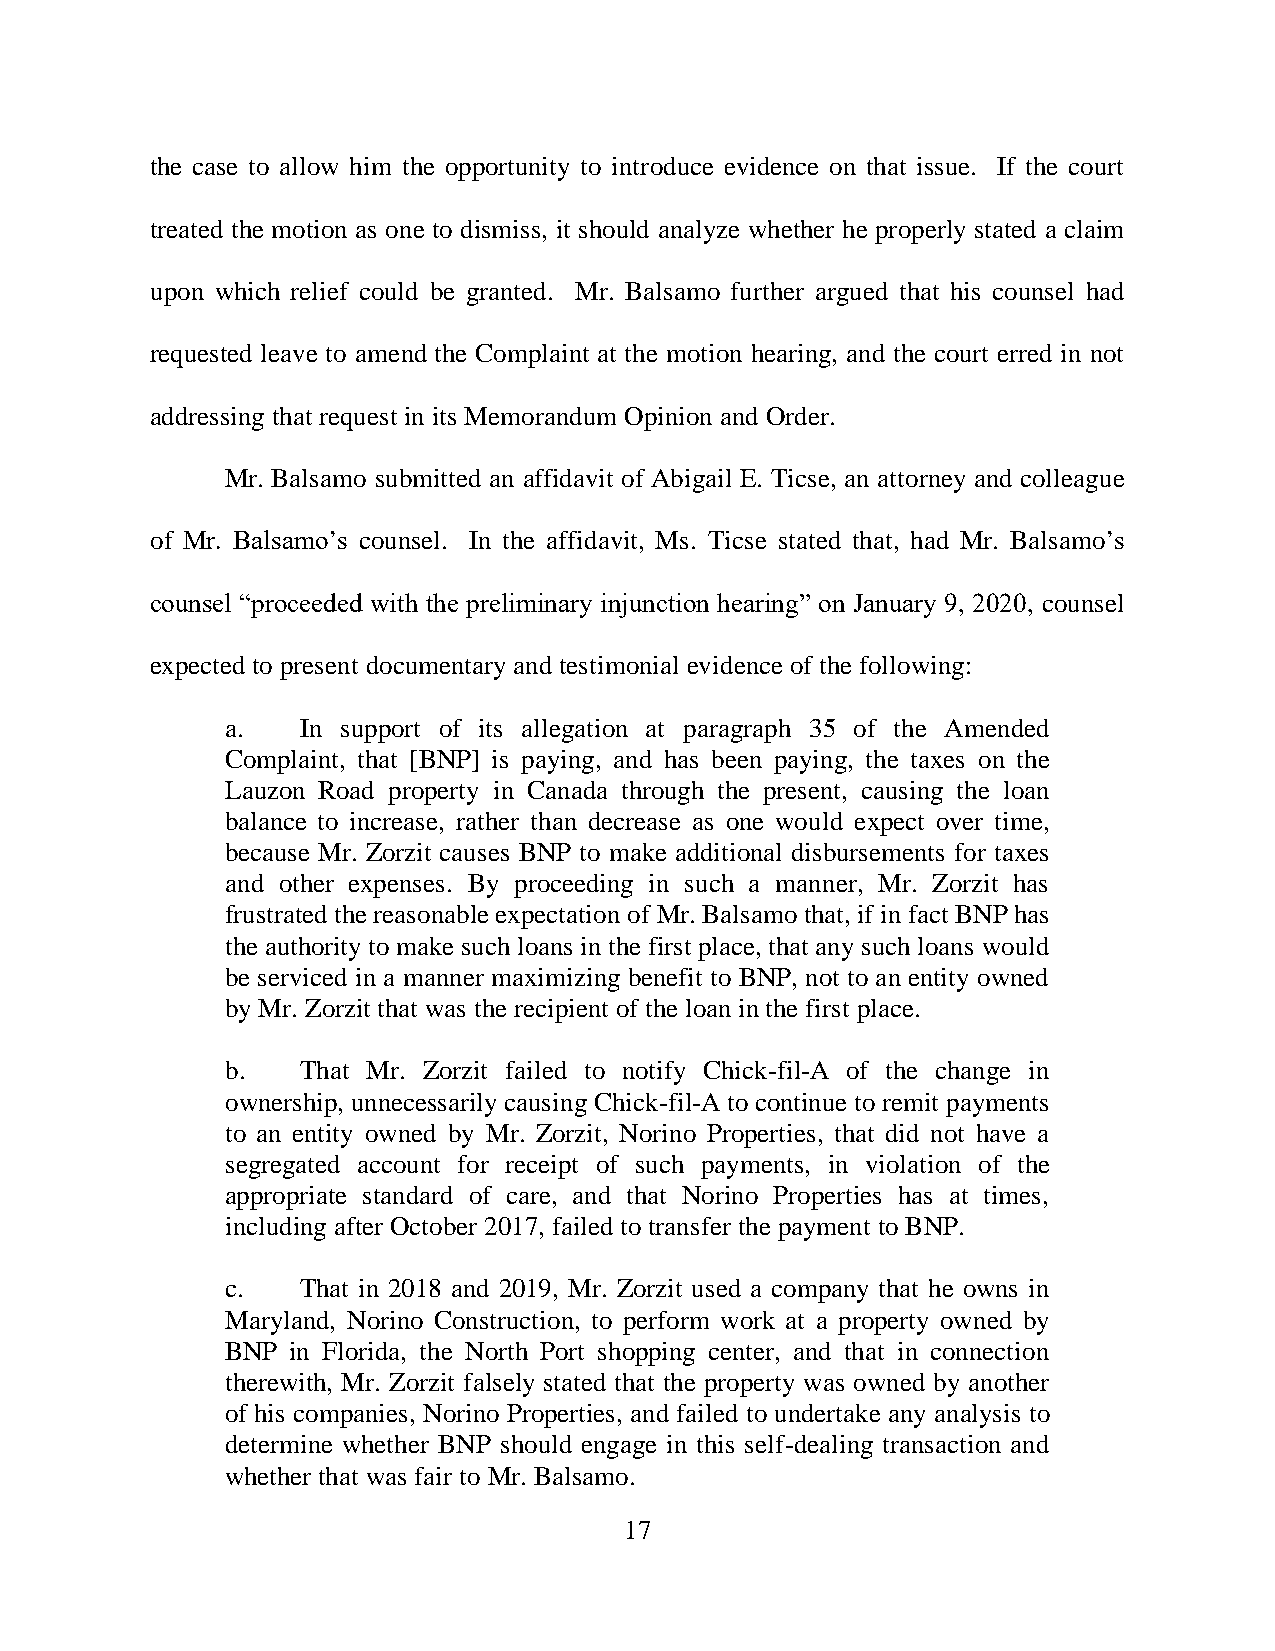
the case to allow him the opportunity to introduce evidence on that issue. If the court
 treated the motion as one to dismiss, it should analyze whether he properly stated a claim
 upon which relief could be granted. Mr. Balsamo further argued that his counsel had
 requested leave to amend the Complaint at the motion hearing, and the court erred in not
 addressing that request in its Memorandum Opinion and Order.
 Mr. Balsamo submitted an affidavit of Abigail E. Ticse, an attorney and colleague
 of Mr. Balsamo’s counsel. In the affidavit, Ms. Ticse stated that, had Mr. Balsamo’s
 counsel “proceeded with the preliminary injunction hearing” on January 9, 2020, counsel
 expected to present documentary and testimonial evidence of the following:
 a.   In support of its allegation at paragraph 35 of the Amended
 Complaint, that [BNP] is paying, and has been paying, the taxes on the
 Lauzon Road property in Canada through the present, causing the loan
 balance to increase, rather than decrease as one would expect over time,
 because Mr. Zorzit causes BNP to make additional disbursements for taxes
 and other expenses. By proceeding in such a manner, Mr. Zorzit has
 frustrated the reasonable expectation of Mr. Balsamo that, if in fact BNP has
 the authority to make such loans in the first place, that any such loans would
 be serviced in a manner maximizing benefit to BNP, not to an entity owned
 by Mr. Zorzit that was the recipient of the loan in the first place.
 b.   That Mr. Zorzit failed to notify Chick-fil-A of the change in
 ownership, unnecessarily causing Chick-fil-A to continue to remit payments
 to an entity owned by Mr. Zorzit, Norino Properties, that did not have a
 segregated account for receipt of such payments, in violation of the
 appropriate standard of care, and that Norino Properties has at times,
 including after October 2017, failed to transfer the payment to BNP.
 c.   That in 2018 and 2019, Mr. Zorzit used a company that he owns in
 Maryland, Norino Construction, to perform work at a property owned by
 BNP in Florida, the North Port shopping center, and that in connection
 therewith, Mr. Zorzit falsely stated that the property was owned by another
 of his companies, Norino Properties, and failed to undertake any analysis to
 determine whether BNP should engage in this self-dealing transaction and
 whether that was fair to Mr. Balsamo.
 17